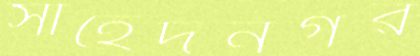
সাহেদনগর